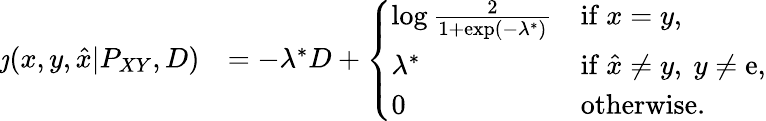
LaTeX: \begin{array}{rl}{\jmath(x,y,\hat{x}|P_{XY},D)}&{=-\lambda^{*}D+\left\{ \begin{array}{ll}{\log\frac{2}{1+\exp(-\lambda^{*})}}&{\mathrm{if~}x=y,}\\ {\lambda^{*}}&{\mathrm{if~}\hat{x}\neq y,~y\neq\mathrm{e},}\\ {0}&{\mathrm{otherwise}.}\end{array}\right.}\end{array}